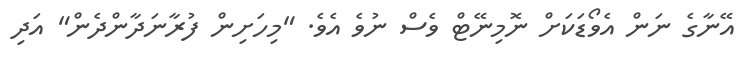
އޭނާގެ ނަން އެވޯޑަކަށް ނޮމިނޭޓް ވެސް ނުވެ އެވެ. "މިހަށިން ފުރާނަދާންދެން" އަދި